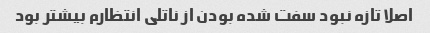
اصلا تازه نبود سفت شده بودن از ناتلی انتظارم بیشتر بود